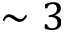
\sim 3